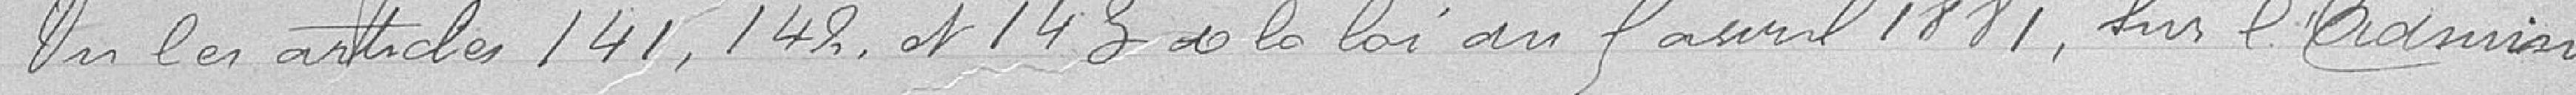
Vu les articles 141, 142 et 143 de la loi du 5 avril 1881, sur l'adminis